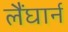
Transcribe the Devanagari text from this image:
लैंघार्न